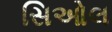
સિઓલ